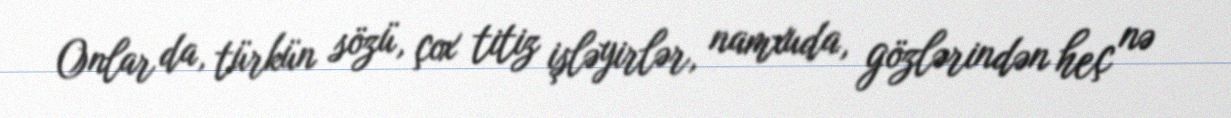
Onlar da, türkün sözü, çox titiz işləyirlər, namxuda, gözlərindən heç nə